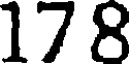
17 8